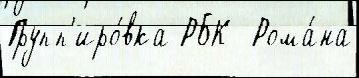
Групп'иро́вка РБК  Рома́на